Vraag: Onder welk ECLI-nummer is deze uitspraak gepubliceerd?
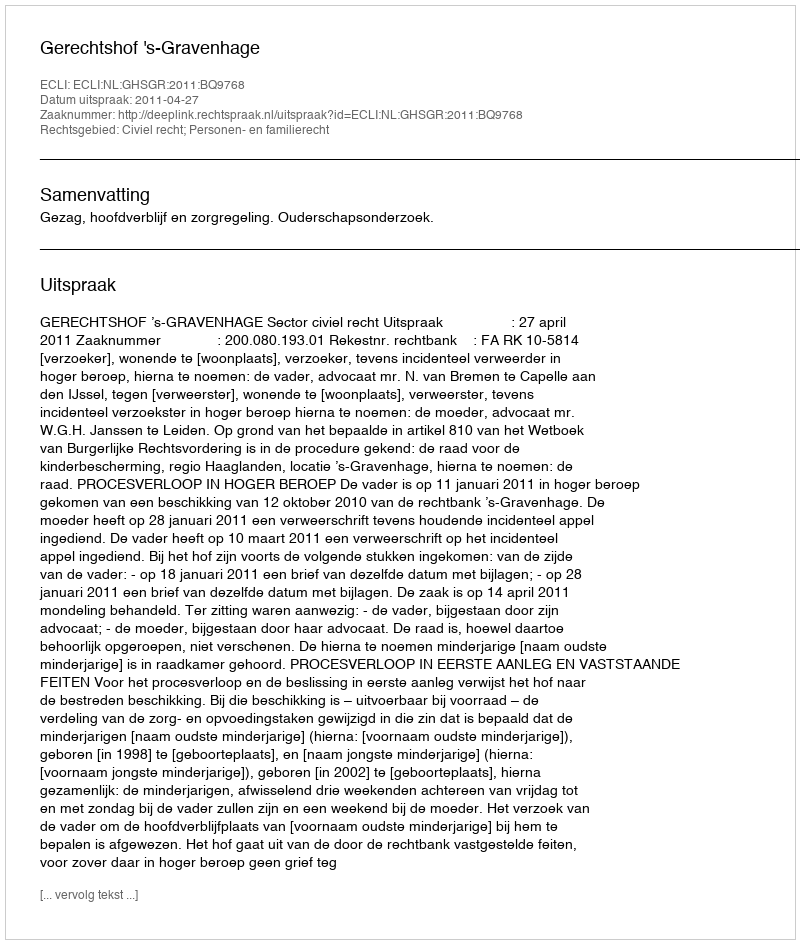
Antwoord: ECLI:NL:GHSGR:2011:BQ9768